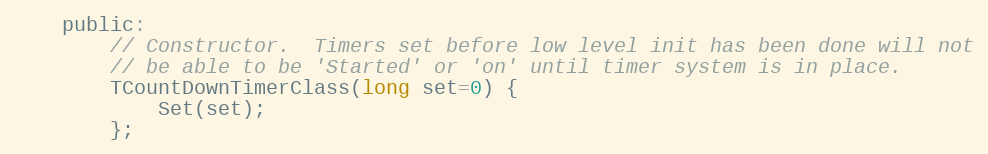
Language: C
	public:
		// Constructor.  Timers set before low level init has been done will not
		// be able to be 'Started' or 'on' until timer system is in place.
		TCountDownTimerClass(long set=0) {
			Set(set);
		};